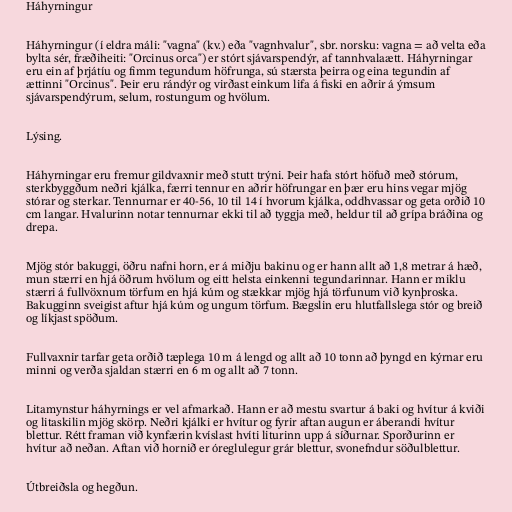
Háhyrningur

Háhyrningur (í eldra máli: "vagna" (kv.) eða "vagnhvalur", sbr. norsku: vagna = að velta eða
bylta sér, fræðiheiti: "Orcinus orca") er stórt sjávarspendýr, af tannhvalaætt. Háhyrningar
eru ein af þrjátíu og fimm tegundum höfrunga, sú stærsta þeirra og eina tegundin af
ættinni "Orcinus". Þeir eru rándýr og virðast einkum lifa á fiski en aðrir á ýmsum
sjávarspendýrum, selum, rostungum og hvölum.

Lýsing.

Háhyrningar eru fremur gildvaxnir með stutt trýni. Þeir hafa stórt höfuð með stórum,
sterkbyggðum neðri kjálka, færri tennur en aðrir höfrungar en þær eru hins vegar mjög
stórar og sterkar. Tennurnar er 40-56, 10 til 14 í hvorum kjálka, oddhvassar og geta orðið 10
cm langar. Hvalurinn notar tennurnar ekki til að tyggja með, heldur til að grípa bráðina og
drepa.

Mjög stór bakuggi, öðru nafni horn, er á miðju bakinu og er hann allt að 1,8 metrar á hæð,
mun stærri en hjá öðrum hvölum og eitt helsta einkenni tegundarinnar. Hann er miklu
stærri á fullvöxnum törfum en hjá kúm og stækkar mjög hjá törfunum við kynþroska.
Bakugginn sveigist aftur hjá kúm og ungum törfum. Bægslin eru hlutfallslega stór og breið
og líkjast spöðum.

Fullvaxnir tarfar geta orðið tæplega 10 m á lengd og allt að 10 tonn að þyngd en kýrnar eru
minni og verða sjaldan stærri en 6 m og allt að 7 tonn.

Litamynstur háhyrnings er vel afmarkað. Hann er að mestu svartur á baki og hvítur á kviði
og litaskilin mjög skörp. Neðri kjálki er hvítur og fyrir aftan augun er áberandi hvítur
blettur. Rétt framan við kynfærin kvíslast hvíti liturinn upp á síðurnar. Sporðurinn er
hvítur að neðan. Aftan við hornið er óreglulegur grár blettur, svonefndur söðulblettur.

Útbreiðsla og hegðun.